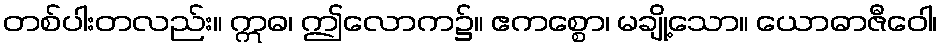
တစ်ပါးတလည်း။ ဣဓ၊ ဤလောက၌။ ဧကစ္စော၊ မချို့သော။ ယောဓာဇီဝေါ၊